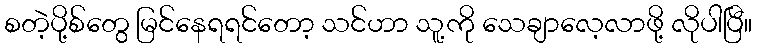
စတဲ့ပို့စ်တွေ မြင်နေရရင်တော့ သင်ဟာ သူ့ကို သေချာလေ့လာဖို့ လိုပါပြီ။